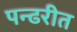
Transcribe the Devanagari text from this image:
पन्ढरीत